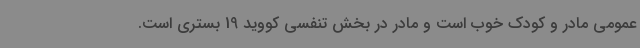
عمومی مادر و کودک خوب است و مادر در بخش تنفسی کووید 19 بستری است.